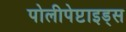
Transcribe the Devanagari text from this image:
पोलीपेप्टाइड्स